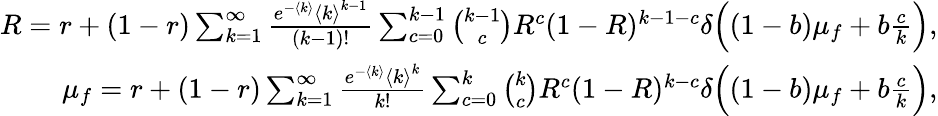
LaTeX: \begin{array}{r}{R=r+(1-r)\sum_{k=1}^{\infty}\frac{e^{-\langle k\rangle}{\langle k\rangle}^{k-1}}{(k-1)!}\sum_{c=0}^{k-1}\binom{k-1}{c}R^{c}(1-R)^{k-1-c}\delta\Big((1-b)\mu_{f}+b\frac{c}{k}\Big),}\\ {\mu_{f}=r+(1-r)\sum_{k=1}^{\infty}\frac{e^{-\langle k\rangle}{\langle k\rangle}^{k}}{k!}\sum_{c=0}^{k}\binom{k}{c}R^{c}(1-R)^{k-c}\delta\Big((1-b)\mu_{f}+b\frac{c}{k}\Big),}\end{array}